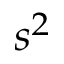
s ^ { 2 }